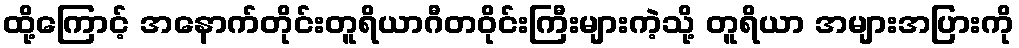
ထို့ကြောင့် အနောက်တိုင်းတူရိယာဂီတဝိုင်းကြီးများကဲ့သို့ တူရိယာ အများအပြားကို